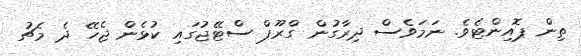
ތިން ޕޮއިންޓެވެ. ނަމަވެސް ދިރާގުން ގްރޫޕް ސްޓޭޖުގައި ކުޅެން ޖެހޭ ދެ މެޗު